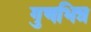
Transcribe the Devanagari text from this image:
गुणभिन्न